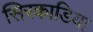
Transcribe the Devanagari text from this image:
सिरकाडिया